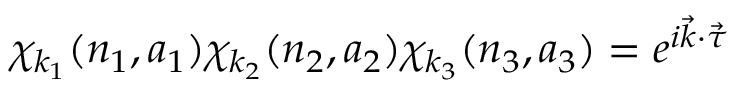
\chi _ { k _ { 1 } } ( n _ { 1 } , a _ { 1 } ) \chi _ { k _ { 2 } } ( n _ { 2 } , a _ { 2 } ) \chi _ { k _ { 3 } } ( n _ { 3 } , a _ { 3 } ) = e ^ { i { \vec { k } } \cdot { \vec { \tau } } }